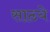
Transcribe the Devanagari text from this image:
साठये